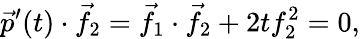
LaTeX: {\vec{p}}^{\prime}(t)\cdot{\vec{f}}_{2}={\vec{f}}_{1}\cdot{\vec{f}}_{2}+2tf_{2}^{2}=0,